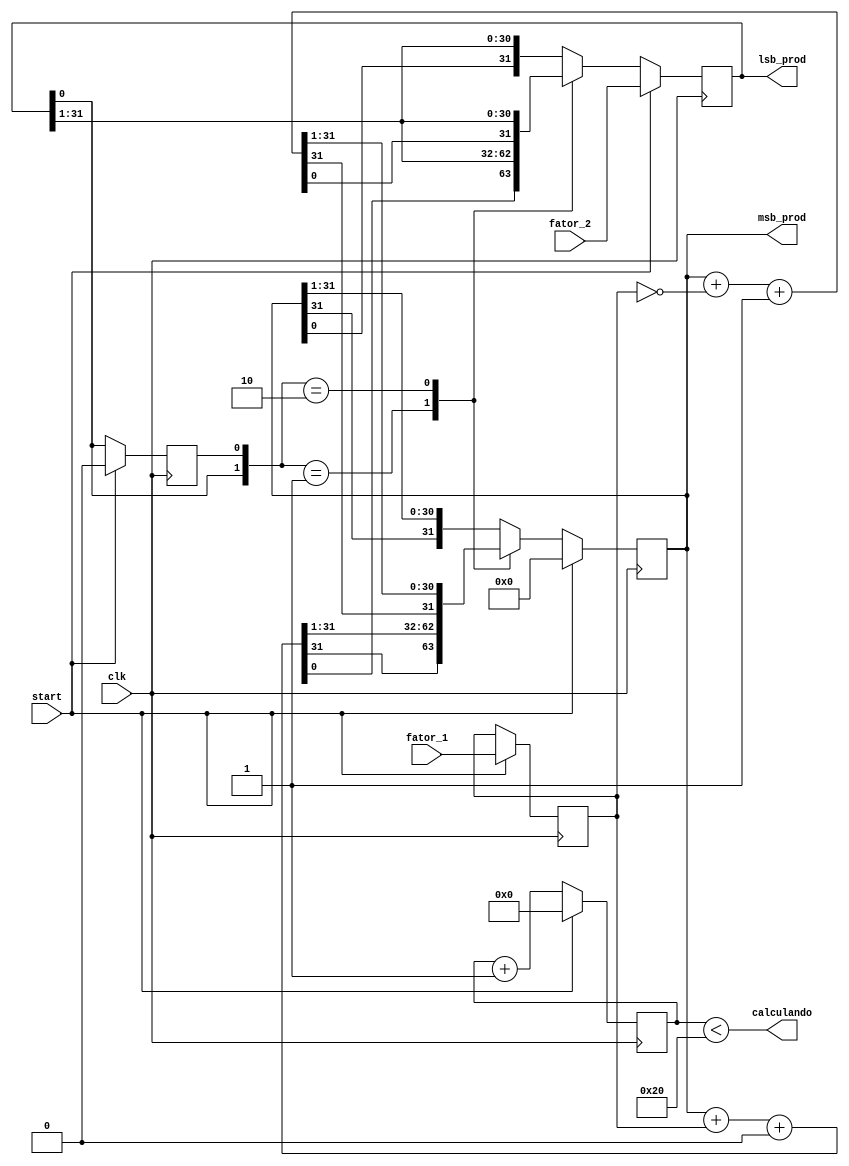
module multiplier(output wire [31:0] msb_prod, lsb_prod, 
output wire calculando, 
input wire [31:0] fator_1, fator_2, 
input wire clk, start);


reg [31:0] A, Q, M;
reg Q_1;
reg [5:0] count;

wire [31:0] soma, diferenca;


always @(posedge clk)
begin

    if (start) begin
        A <= 32'b0;
        M <= fator_1;
        Q <= fator_2;
        Q_1 <= 1'b0;
        count <= 6'b0;
    end

    else begin
        
        case ({Q[0], Q_1})

            2'b01 : {A, Q, Q_1} <= {soma[31], soma, Q};
            2'b10 : {A, Q, Q_1} <= {diferenca[31], diferenca, Q};
            default: {A, Q, Q_1} <= {A[31], A, Q};

        endcase
        count <= count + 1'b1;
    end
end

assign soma = A + M + 1'b0;
assign diferenca = A + ~M + 1'b1; 

assign msb_prod = A;
assign lsb_prod = Q;

assign calculando = (count < 32);

endmodule